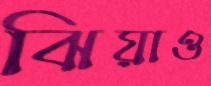
ঝিয়াও